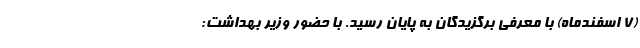
(۷ اسفندماه) با معرفی برگزیدگان به پایان رسید. با حضور وزیر بهداشت: